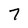
Character: 7